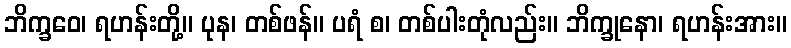
ဘိက္ခဝေ၊ ရဟန်းတို့။ ပုန၊ တစ်ဖန်။ ပရံ စ၊ တစ်ပါးတုံလည်း။ ဘိက္ခုနော၊ ရဟန်းအား။